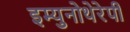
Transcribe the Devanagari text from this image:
इम्युनोथेरेपी